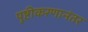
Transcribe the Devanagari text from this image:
पुष्टीकरणानंतर